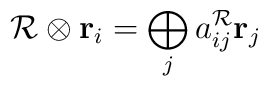
{\cal R}\otimes {\bf r}_{i}=\bigoplus\limits_{j}a_{ij}^{{\cal R}}{\bf r}_{j}